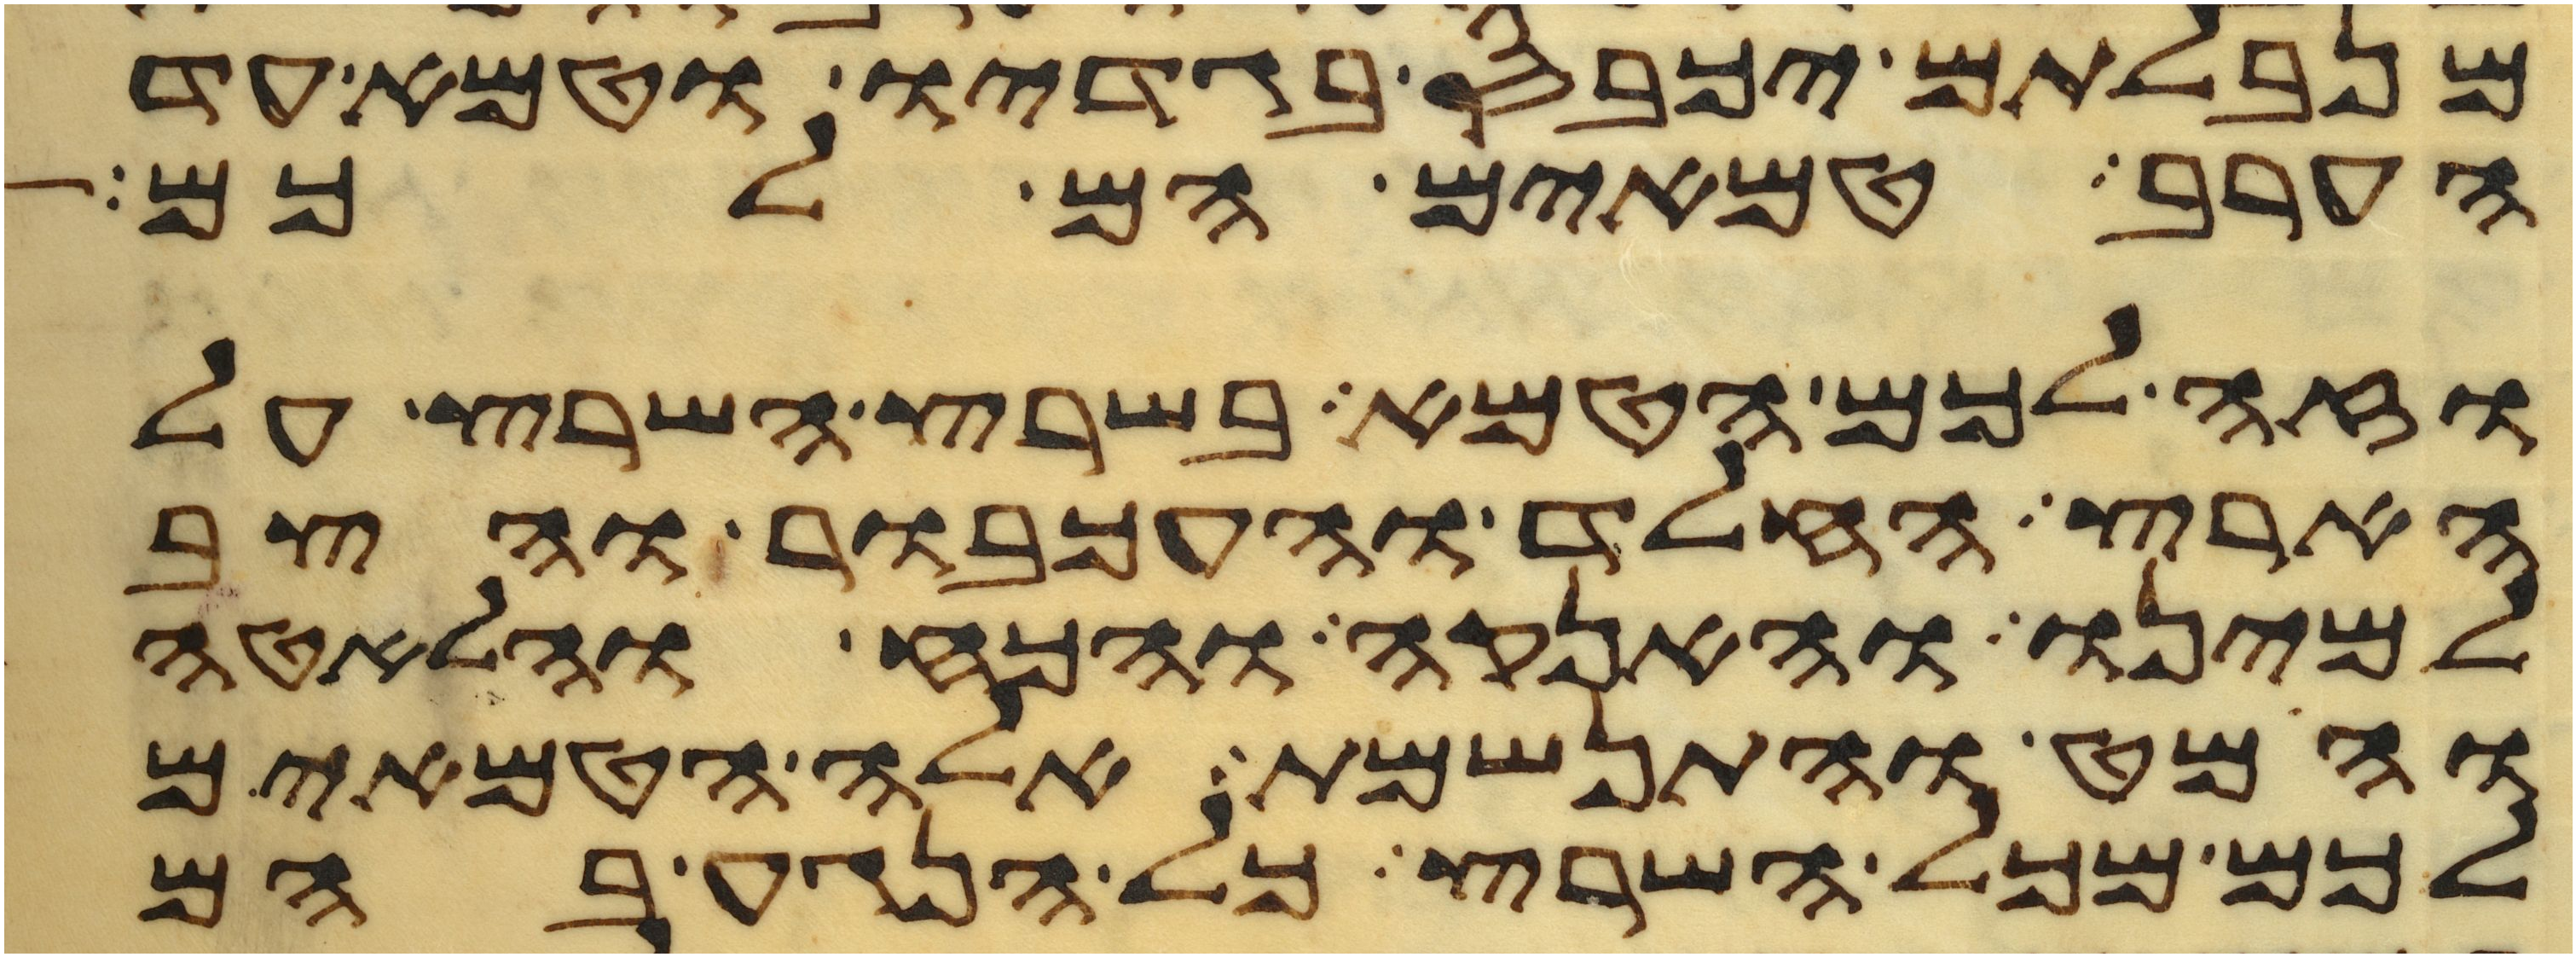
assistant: מנבלתם יכבס בגדיו וטמא עד
הערב טמאים הם לכם
וזה לכם הטמא בשרץ השרץ על
הארץ החלד והעכבור והצב
למינו והאנקה והכח והלאטה
והמט והתנשמת אלה הטמאים
לכם מכל השרץ כל הנגע בהם